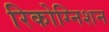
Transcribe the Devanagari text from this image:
रिकोग्निशन